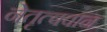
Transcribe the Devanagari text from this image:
नेतृत्ववान